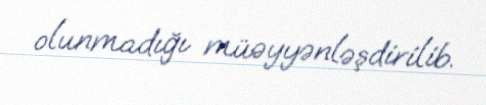
olunmadığı müəyyənləşdirilib.